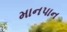
માનપાન